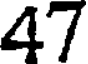
47